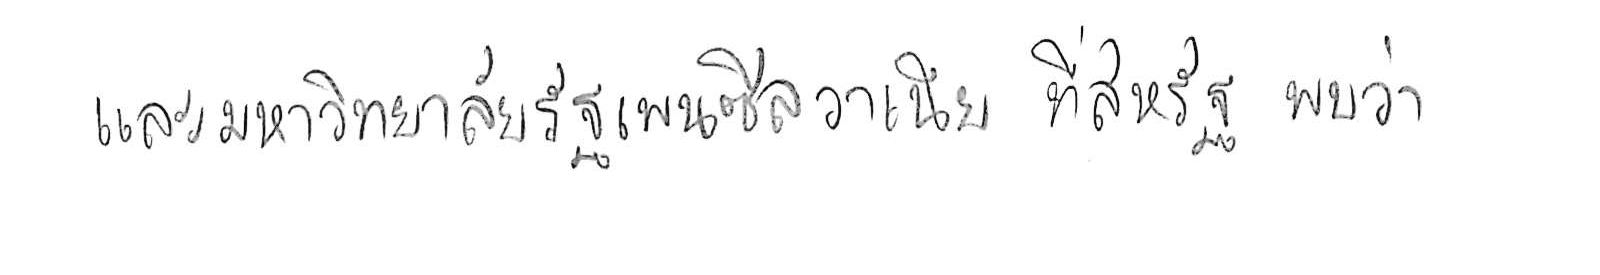
และมหาวิทยาลัยรัฐเพนซิลวาเนีย ที่สหรัฐ พบว่า